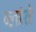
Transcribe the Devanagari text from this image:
ब्लांशे